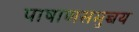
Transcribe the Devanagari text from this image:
पाषाणसमुच्चय